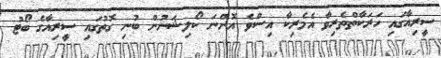
ސީރިއާގައި ހަރަކާތްތެރިވާ އެމެރިކާ އިސްވެ އޮންނަ ކޯލިޝަނުން ބުނި ގޮތުގައި ސީރިއާގެ ބޯޓު